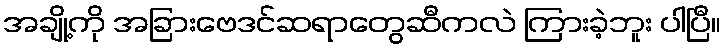
အချို့ကို အခြားဗေဒင်ဆရာတွေဆီကလဲ ကြားခဲ့ဘူး ပါပြီ။